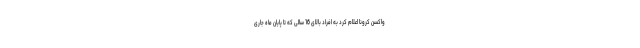
واکسن کرونا اعلام کرد به افراد بالای 16 سالی که تا پایان ماه جاری